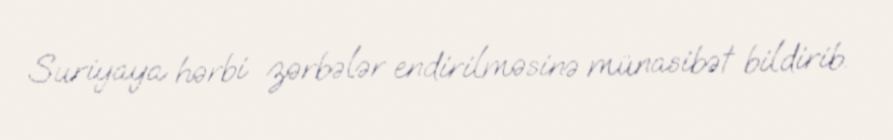
Suriyaya hərbi zərbələr endirilməsinə münasibət bildirib.